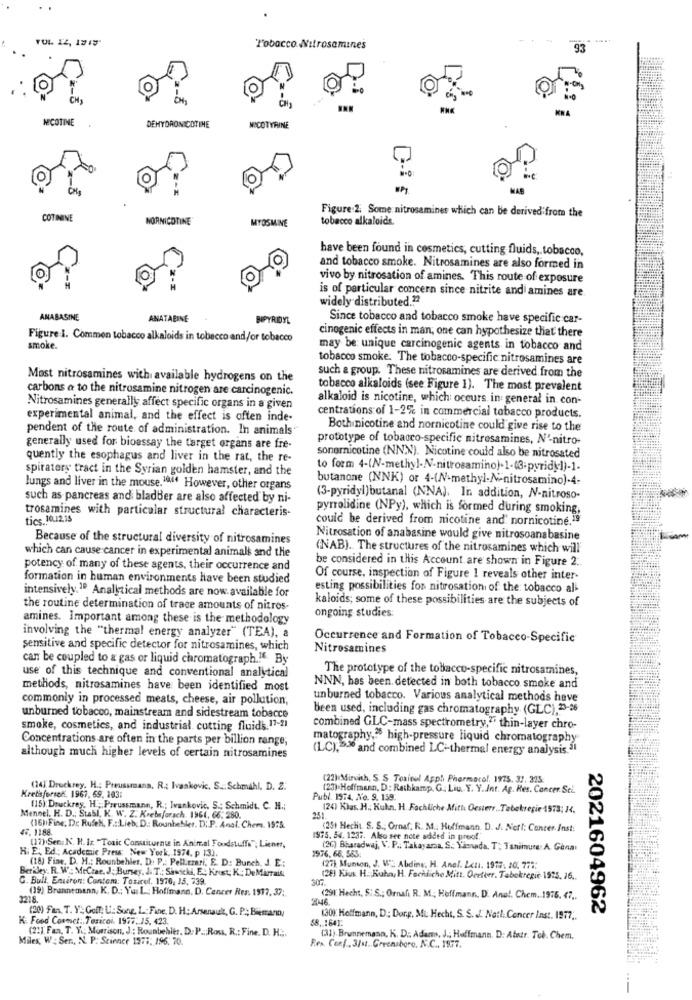
Tobacco Nitrosomines
93
NICOTINE
DEHYDRONICOTINE
NICOTYRINE
O
WPT.
MAB
Figure 2: Some nitrosaminer which can be derived from the
COTININE
NORNICOTINE
MYOSMINE
tobacco alkaloids.
have been found in cosmetics, cutting fluids, tobacco,
and tobacco smoke. Nitrosamines are also formed in
vivo by nitrosation of amines. This route of exposure
is of particular concern since nitrite andi amines are
widely distributed .??
ANABASINE
ANATABINE
BIPYRIDYL
Since tobacco and tobacco smoke have specific car-
cinogenic effects in man, one can hypothesize that there
Figure I. Common tobacco alkaloids in tobecco and/or tobacco
smoke.
may be unique carcinogenic agents in tobacco and
tobacco smoke. The tobacco-specific nitrosamines are
Most nitrosamines with available hydrogens on the
such a group. These nitrosamines are derived from the
carbons a to the nitrosamine nitrogen are carcinogenic.
tobacco alkaloids (see Figure 1). The most prevalent
alkaloid is nicotine, which: occurs in general in con-
Nitrosamines generally affect specific organs in a given
experimental animal, and the effect is often inde-
centrations of 1-2% in commercial tobacco products.
pendent of the route of administration. In animals"
Both nicotine and nornicotine could give rise to the
prototype of tobacco-specific nitrosamines, N'-nitro-
generally used for bioassay the target organs are fre-
quently the esophagus and liver in the rat, the re-
sonornicotine (NNN). Nicotine could also be nitrosated
spiratory tract in the Syrian golden hamster, and the
butanone (NNK) or 4-(NV-methyl-N-nitrosamino)-4-
lungs and liver in the mouse.1044 However, other organs
such as pancreas and bladber are also affected by ni-
(3-pyridyl)butanal (NNA). In addition, N-nitroso-
trosamines with particular structural characteris-
pyrrolidine (NPy), which is formed during smoking,
could be derived from nicotine and' nornicotine.19
Because of the structural diversity of nitrosamines
Nitrosation of anabasine would give nitrosoanabasine
which can cause cancer in experimental animals and the
(NAB). The structures of the nitrosamines which will
be considered in this Account are shown in Figure 2 ..
potency of many of these agents, their occurrence and
formation in human environments have been studied
Of course, inspection of Figure 1 reveals other inter-
intensively.10 Analytical methods are now available for
esting possibilities for nitrosation of the tobacco al
kaloids; some of these possibilities are the subjects of
the routine determination of trace amounts of nitros-
ongoing studies:
amines. Important among these is the methodology
involving the "thermal energy analyzer" (TEA), a
Occurrence and Formation of Tobacco-Specific
sensitive and specific detector for nitrosamines, which
Nitrosamines
can be coupled to & gas or liquid chromatograph .! “ By
The prototype of the tobacco-specific nitrosamines,
use of this technique and conventional analytical
methods, nitrosamines have been identified most
NNN, has been detected in both tobacco smoke and
commonly in processed meats, cheese, air pollution,
unburned tobacco. Various analytical methods have
been used, including gas chromatography (GLC), 23-26
unburned tobacco, mainstream and sidestream tobacco
smoke, cosmetics, and industrial cutting fluids.17-21
combined GLC-mass spectrometry,"" thin-layer chro-
Concentrations are often in the parts per billion range,
matography,25 high-pressure liquid chromatography
(LC):>30 and combined LC-thermal energy analysis.30
although much higher levels of certain nitrosamines
(22) Mirvich, S. S Toxinul Appli Pharmarol, 1973. 37. 325:
(24] Druckrey. H .: Preussmana. R .: Ivankovic. S .: Schmahl. D. Z.
(23) Hoffmann, D: Rathkamp. G. Liu. Y. Y. Int. Ag. Hes. Cancer. Sei.
Krets forsen, 1967, 69, 103;
Publ. 1974, No. 9. 159.
(15): Druckrey, H .; Preussmann, R .; Ivankovic, S .; Schmidt. C. H .;
(24) Klas. H. Kuhn, H. Fachliche Mith Oesters .. Tebekregie 1573: 14.
Mennel. H. D .: Stabl, K. W. Z. Krebsforsch. 1961, 66. 280.
251
47.1188
(16) Fine, De Rusek, F .: Lieb, D .: Rounhehler. D.P. Anal. Chem. 1975.
(25+ Hecht. S. S .; Ornaf. R. M .. Hoffmann. D. J. Netl: Conter Inst:
1975. 54. 1237. Also see note added in proof."
H. E ., Ed .: Academic Press: New York, 1974, p 13).
(17).Sen: N. H.Ir. "Toxic Constituents in Animal Foodstuffs"; Liener,
1976.66. 583.
(26) Bharadwaj, V. P ., Takayamaa. S .: Sãonada, T: Tanimure: A. Ganar
(18) Fine. D. H .: Rounbehles, D. P .: Pellizzari, E. D: Bunch, J. E .:
Beridey. R. W. McCrae. J. Bursey, J. T .: Sawicki, E. Krust; K; DeMirrail
(27) Munson, J. W' Abdine, H. Anel. Lcui. 1979. 10. 777:
G. Bull, Environ: Contem: Tosiref. 1976, 15, 739.
(28) Kius. H. Kuhn, H. Fachliche Mitt. Ocrtter, Tabakregie 1975, 16 ..
(19) Brunnemann, K. D .; Yui L .: Hoffmann, D. Cancer Res. 1917, 37 ;.
3218.
(29). Hecht, Si S .; Ornali R. M .; Hoffmann. D. Ana !. Chem. 1976. 47 ..
(20) Fan. T. Y: Golf: U: Sone. L .: Fine, D. H .; Arsenault, G. P .; Birmany
2021604962
K: Food Coemct: Tesicol. 1977. 15. 423.
58. 1641:
(30)" Hoffmann, D .; Dorg, Mi: Hecht, S. S. J. Natt. Concer Inst. 1977 ..
(22) Fan, T. V .; Morrison, J .: Rounbehler, D. P .; Ross, R .: Fine. D. H .;.
Miles, W: Sen ., N. P: Science 1973: 196. 70.
(31).Brunnemann, K. D. Adams, J .; Hoffmann. D: Abstr. Toè. Chem.
Fen Conf. 31st Greensboro, N.C. 1877.
--